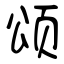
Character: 颂